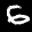
Label: 6